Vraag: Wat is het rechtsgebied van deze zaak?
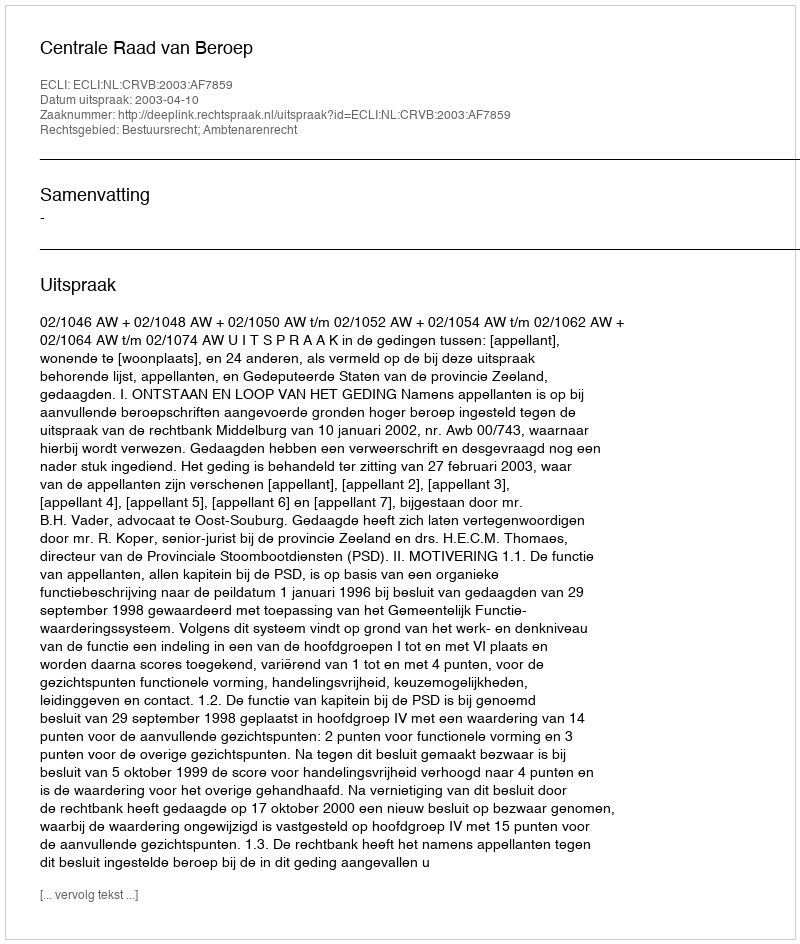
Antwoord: Bestuursrecht; Ambtenarenrecht